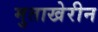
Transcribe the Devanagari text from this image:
मुताखेरीन